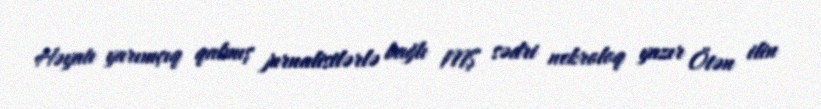
Həyatı yarımçıq qalmış jurnalistlərlə bağlı MŞ sədri nekroloq yazır Ötən ilin